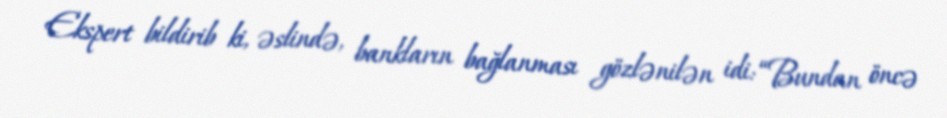
Ekspert bildirib ki, əslində, bankların bağlanması gözlənilən idi: “Bundan öncə